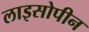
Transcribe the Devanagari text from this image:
लाइसोपीन